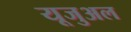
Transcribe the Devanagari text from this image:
यूजुअल